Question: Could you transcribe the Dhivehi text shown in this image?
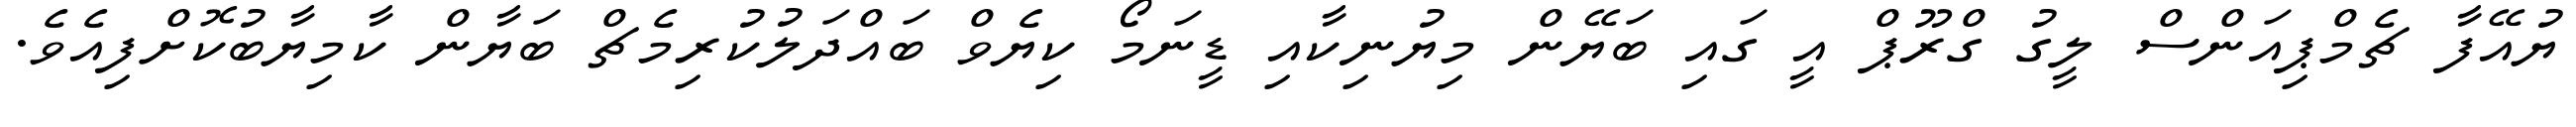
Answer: ޔުއޭފާ ޗެމްޕިއަންސް ލީގު ގްރޫޕް އީ ގައި ބަޔޭން މިޔުނިކާއި ޑީނަމޯ ކިޔެވް ބައްދަލުކުރިމެޗް ބަޔާން ކާމިޔާބުކޮށްފިއެވެ.